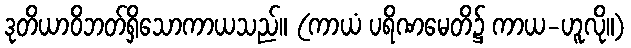
ဒုတိယာဝိဘတ်ရှိသောကာယသည်။ (ကာယံ ပရိဏမေတိ၌ ကာယ-ဟူလို။)